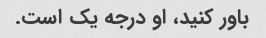
باور کنید، او درجه یک است.